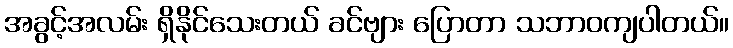
အခွင့်အလမ်း ရှိနိုင်သေးတယ် ခင်ဗျား ပြောတာ သဘာဝကျပါတယ်။